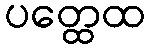
ပတ္ထေထ